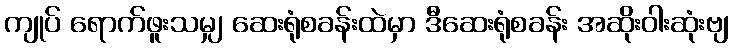
ကျုပ် ရောက်ဖူးသမျှ ဆေးရုံစခန်းထဲမှာ ဒီဆေးရုံစခန်း အဆိုးဝါးဆုံးဗျ